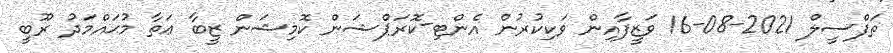
ތަފްސީލް 2021-08-16 ވަޒީފާއިން ވަކިކުރުން އެންޓި-ކޮރަޕްޝަން ކޮމިޝަން ޒީބާ ޢަތާ މުޙައްމަދު ރޫބީ